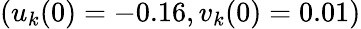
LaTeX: (u_{k}(0)=-0.16,v_{k}(0)=0.01)